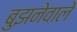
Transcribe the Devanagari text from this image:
बुझनेवाले